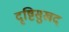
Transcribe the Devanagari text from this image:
दृष्टिसुखद